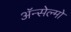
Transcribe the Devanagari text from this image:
ॲन्सेल्मो